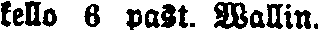
kello 6 past. Wallin.